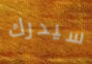
سيدرك